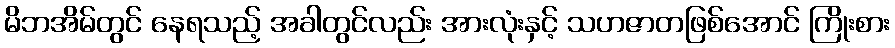
မိဘအိမ်တွင် နေရသည့် အခါတွင်လည်း အားလုံးနှင့် သဟဇာတဖြစ်အောင် ကြိုးစား